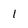
Character: 1